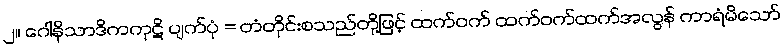
၂။ ဂေါနိသာဒိကကုဋိ ပျက်ပုံ = တံတိုင်းစသည်တို့ဖြင့် ထက်ဝက် ထက်ဝက်ထက်အလွန် ကာရံမိသော်